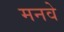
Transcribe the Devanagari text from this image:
मनवे